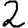
Digit: 2